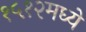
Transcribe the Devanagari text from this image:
१५१२मध्ये